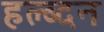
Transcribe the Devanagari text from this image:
हल्ब्दन